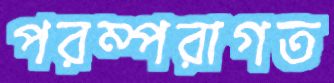
পরম্পরাগত